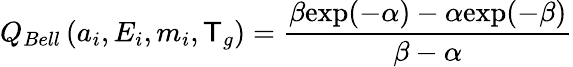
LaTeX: Q_{Bell}\left(a_{i},E_{i},m_{i},\mathsf{T}_{g}\right)=\frac{{\beta\mathrm{{exp}}(-\alpha)-\alpha\mathrm{{exp}}(-\beta)}}{{\beta-\alpha}}